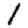
Digit: 1